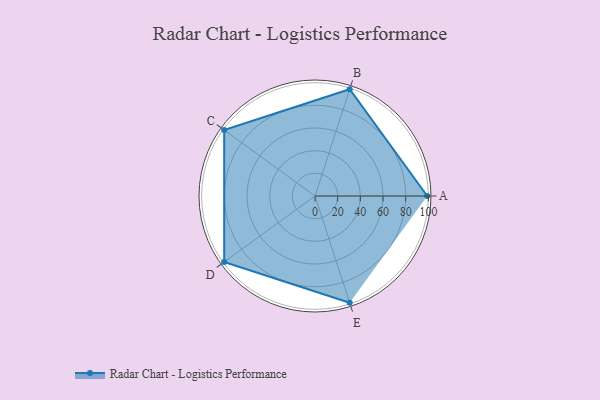
{"axis": {"x": "Skill", "y": "Score"}, "legend": ["Profile"], "data": [{"x": "A", "y": 99, "type": "Profile"}, {"x": "B", "y": 99, "type": "Profile"}, {"x": "C", "y": 99, "type": "Profile"}, {"x": "D", "y": 99, "type": "Profile"}, {"x": "E", "y": 99, "type": "Profile"}]}